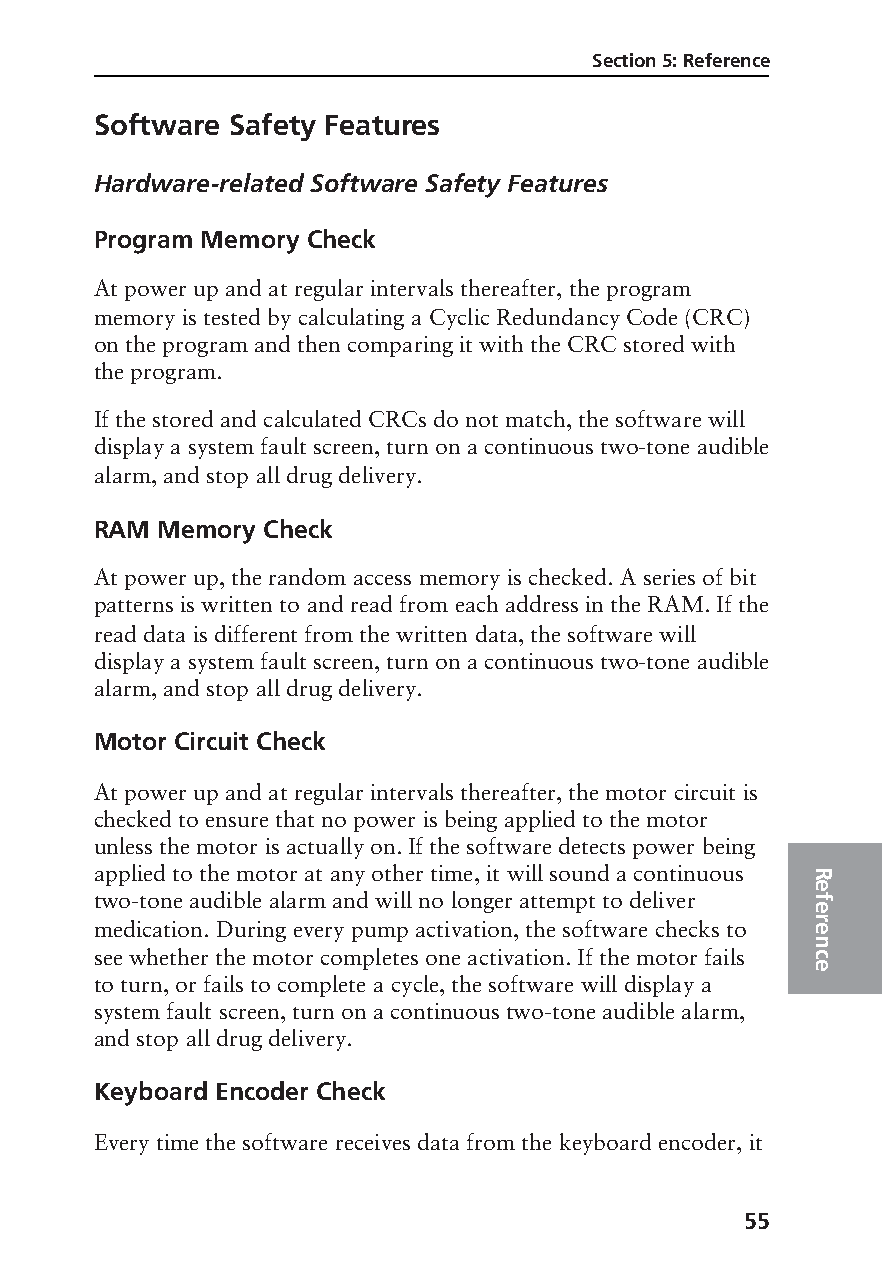
Section 5: Reference
 Software Safety Features
 Hardware-related Software Safety Features
 Program Memory Check
 At power up and at regular intervals thereafter, the program
 memory is tested by calculating a Cyclic Redundancy Code (CRC)
 on the program and then comparing it with the CRC stored with
 the program.
 If the stored and calculated CRCs do not match, the software will
 display a system fault screen, turn on a continuous two-tone audible
 alarm, and stop all drug delivery.
 RAM Memory Check
 At power up, the random access memory is checked. A series of bit
 patterns is written to and read from each address in the RAM. If the
 read data is different from the written data, the software will
 display a system fault screen, turn on a continuous two-tone audible
 alarm, and stop all drug delivery.
 Motor Circuit Check
 At power up and at regular intervals thereafter, the motor circuit is
 checked to ensure that no power is being applied to the motor
 unless the motor is actually on. If the software detects power being
 applied to the motor at any other time, it will sound a continuous R
 e
 two-tone audible alarm and will no longer attempt to deliver f
 e
 medication. During every pump activation, the software checks to r e
 n
 see whether the motor completes one activation. If the motor fails c
 e
 to turn, or fails to complete a cycle, the software will display a
 system fault screen, turn on a continuous two-tone audible alarm,
 and stop all drug delivery.
 Keyboard Encoder Check
 Every time the software receives data from the keyboard encoder, it
 55
 PROOF (LR #3086), 2000-03-16 «3935-51D Manual, Legacy 1»